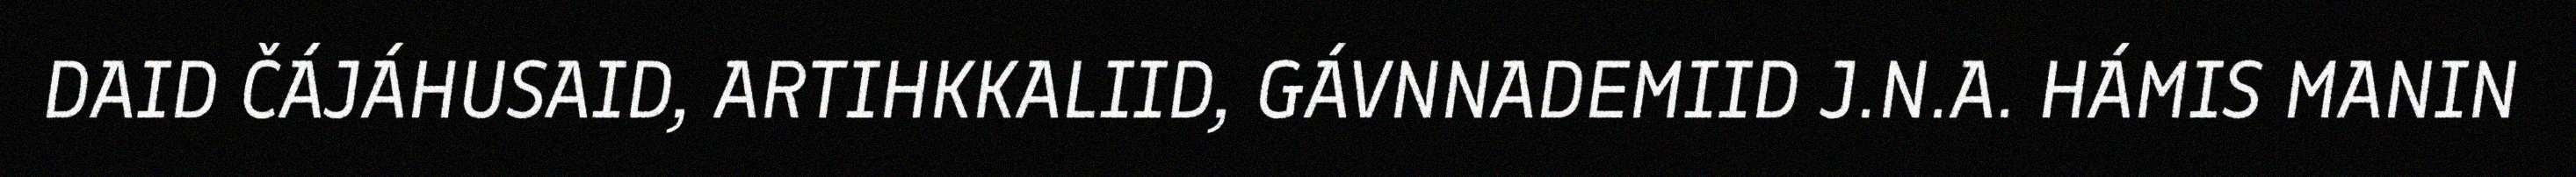
DAID ČÁJÁHUSAID, ARTIHKKALIID, GÁVNNADEMIID J.N.A. HÁMIS MANIN